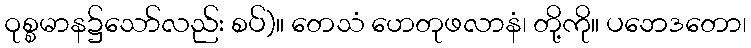
ဝုစ္စမာန၌သော်လည်း စပ်)။ တေသံ ဟေတုဖလာနံ၊ တို့ကို။ ပဘေဒတော၊